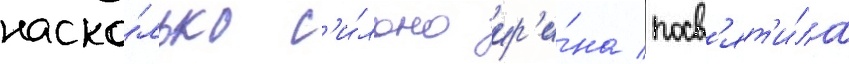
наско́лько с'и́льно ир'и́на посв'ят'и́ла